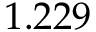
1 . 2 2 9